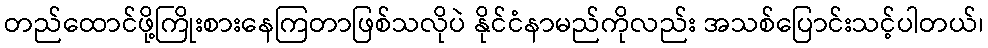
တည်ထောင်ဖို့ကြိုးစားနေကြတာဖြစ်သလိုပဲ နိုင်ငံနာမည်ကိုလည်း အသစ်ပြောင်းသင့်ပါတယ်၊